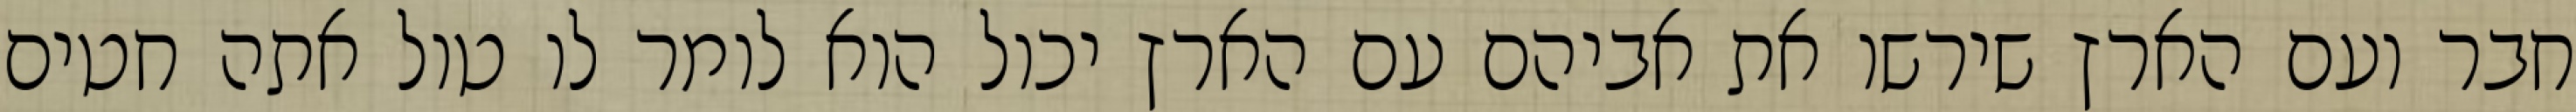
חבר ועם הארץ שירשו את אביהם עם הארץ יכול הוא לומר לו טול אתה חטים